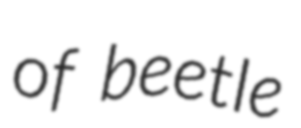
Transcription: of beetle